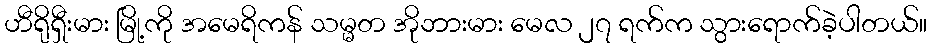
ဟီရိုရှီးမား မြို့ကို အမေရိကန် သမ္မတ အိုဘားမား မေလ ၂၇ ရက်က သွားရောက်ခဲ့ပါတယ်။